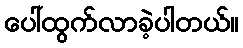
ပေါ်ထွက်လာခဲ့ပါတယ်။